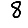
Digit: 8